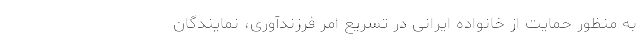
به منظور حمایت از خانواده ایرانی در تسریع امر فرزندآوری، نمایندگان